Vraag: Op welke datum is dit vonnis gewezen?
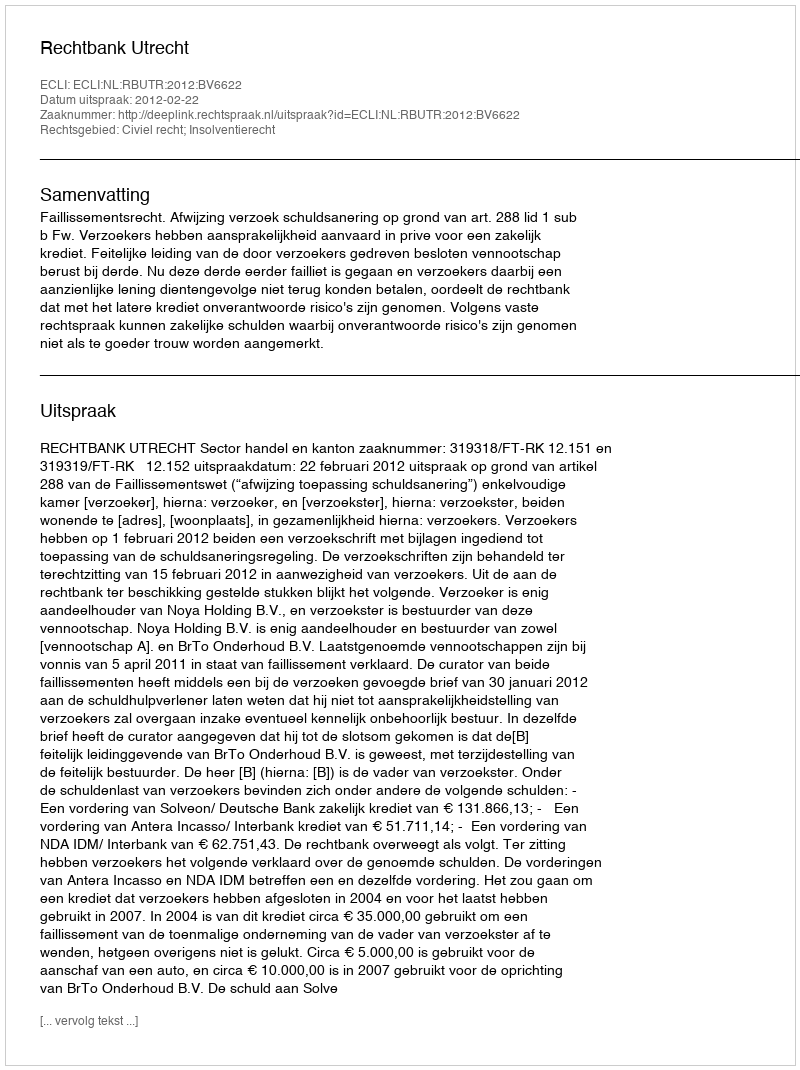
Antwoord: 2012-02-22